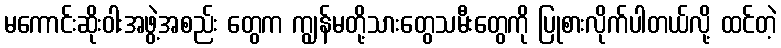
မကောင်းဆိုးဝါးအဖွဲ့အစည်း တွေက ကျွန်မတို့သားတွေသမီးတွေကို ပြုစားလိုက်ပါတယ်လို့ ထင်တဲ့